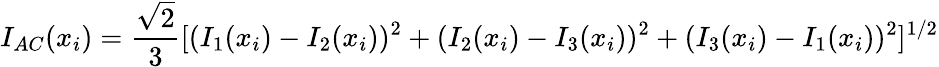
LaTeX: I_{AC}(x_{i})=\frac{\sqrt{2}}{3}[(I_{1}(x_{i})-I_{2}(x_{i}))^{2}+(I_{2}(x_{i})-I_{3}(x_{i}))^{2}+(I_{3}(x_{i})-I_{1}(x_{i}))^{2}]^{1/2}